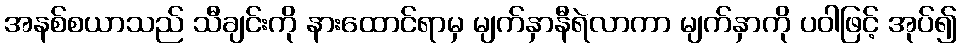
အနစ်စယာသည် သီချင်းကို နားထောင်ရာမှ မျက်နှာနီရဲလာကာ မျက်နှာကို ပဝါဖြင့် အုပ်၍